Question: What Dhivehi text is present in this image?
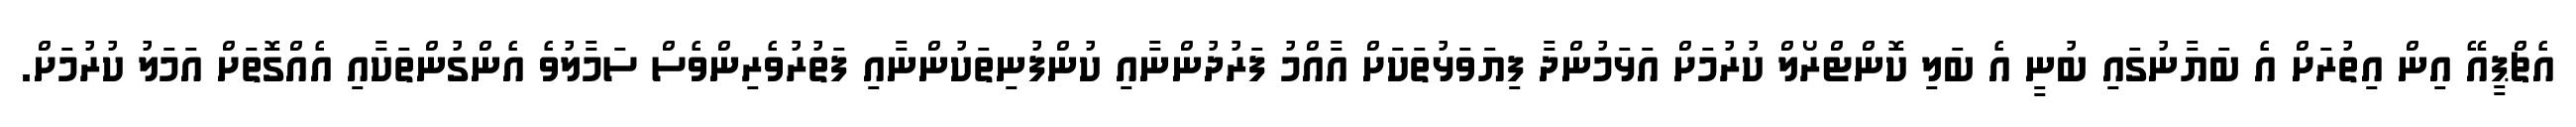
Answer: އެޗްޕީއޭ އިން އިތުރަށް އެ ބަޔާނުގައި ބުނީ އެ ބަލި ކޮންޓްރޯލް ކުރުމަށް އަޅަމުންދާ ފިޔަވަޅުތަކަށް އާއްމު ފަރުދުންނާއި ކުންފުނިތަކުންނާއި ފަތުރުވެރިންވެސް ސަމާލުވެ އެންގުންތަކާއި އެއްގޮތަށް އަމަލު ކުރުމަށް.